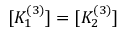
[ K _ { 1 } ^ { ( 3 ) } ] = [ K _ { 2 } ^ { ( 3 ) } ]